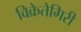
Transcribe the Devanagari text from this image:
विक्रेतेगिरी